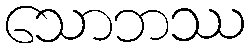
သောဘဿ